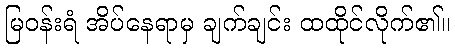
မြဝန်းရံ အိပ်နေရာမှ ချက်ချင်း ထထိုင်လိုက်၏။